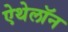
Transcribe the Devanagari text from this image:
ऐथेलॉन